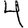
Digit: 4